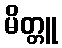
မိတ္တူ